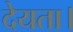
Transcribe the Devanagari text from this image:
देयता।